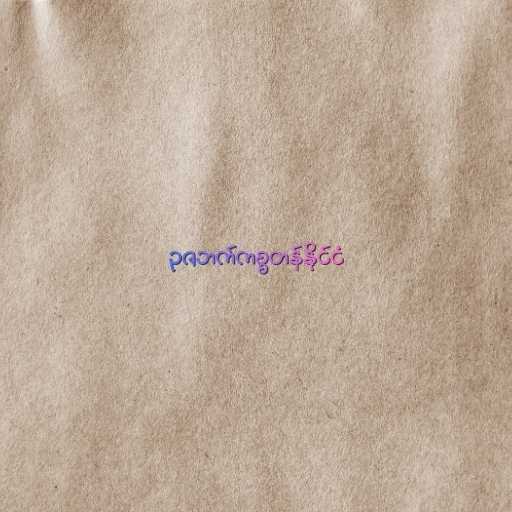
ဥဇဘက်ကစ္စတန်နိုင်ငံ